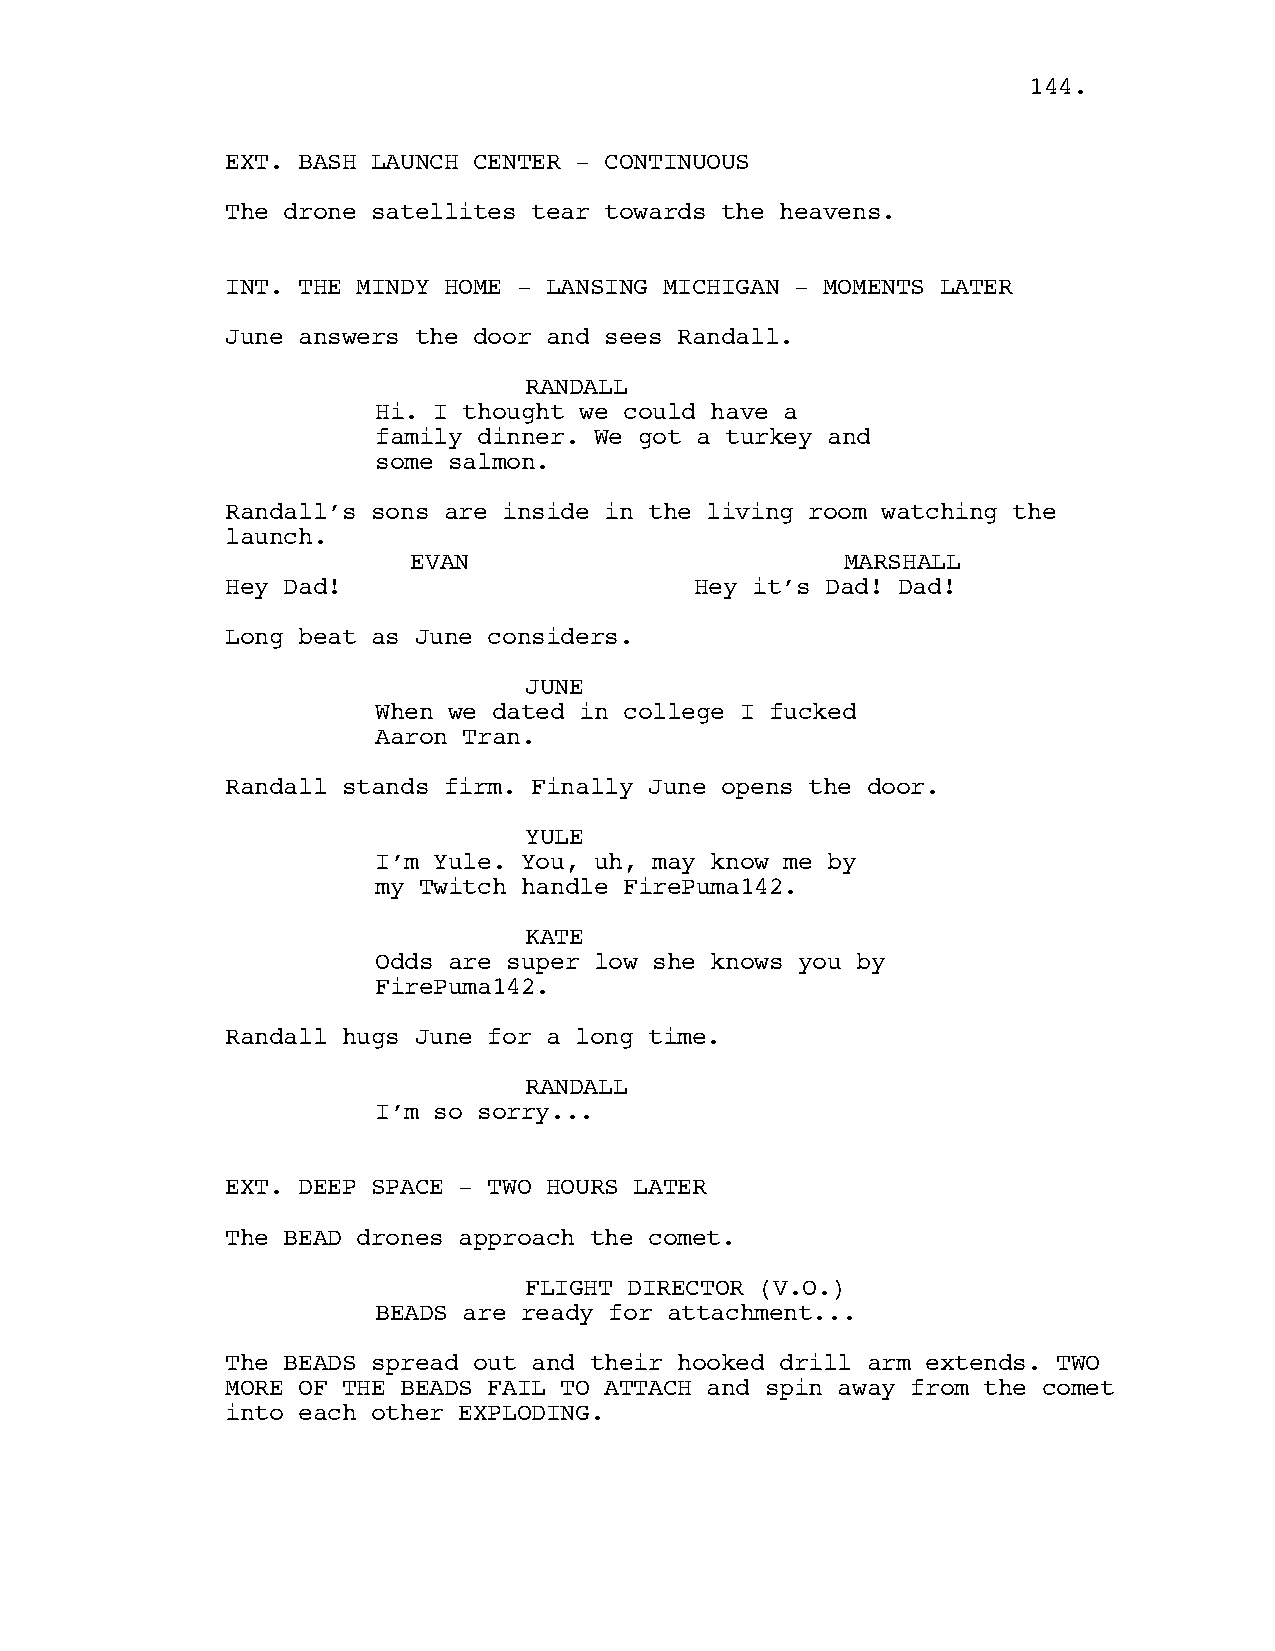
114444..
 EXT. BASH LAUNCH CENTER - CONTINUOUS
 The drone satellites tear towards the heavens.
 INT. THE MINDY HOME - LANSING MICHIGAN - MOMENTS LATER
 June answers the door and sees Randall.
 RANDALL
 Hi. I thought we could have a
 family dinner. We got a turkey and
 some salmon.
 Randall’s sons are inside in the living room watching the
 launch.
 EVAN                         MARSHALL
 Hey Dad!                       Hey it’s Dad! Dad!
 Long beat as June considers.
 JUNE
 When we dated in college I fucked
 Aaron Tran.
 Randall stands firm. Finally June opens the door.
 YULE
 I’m Yule. You, uh, may know me by
 my Twitch handle FirePuma142.
 KATE
 Odds are super low she knows you by
 FirePuma142.
 Randall hugs June for a long time.
 RANDALL
 I’m so sorry...
 EXT. DEEP SPACE - TWO HOURS LATER
 The BEAD drones approach the comet.
 FLIGHT DIRECTOR (V.O.)
 BEADS are ready for attachment...
 The BEADS spread out and their hooked drill arm extends. TWO
 MORE OF THE BEADS FAIL TO ATTACH and spin away from the comet
 into each other EXPLODING.